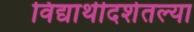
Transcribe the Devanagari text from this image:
विद्यार्थीदशेतल्या